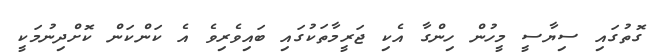
ގޮތުގައި ސިޔާސީ މީހުން ހިންގާ އެކި ޖަރީމާތަކުގައި ބައިވެރިވެ އެ ކަންކަން ކޮށްދިނުމަކީ